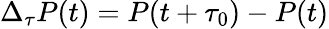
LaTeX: \Delta_{\tau}P(t)=P(t+\tau_{0})-P(t)